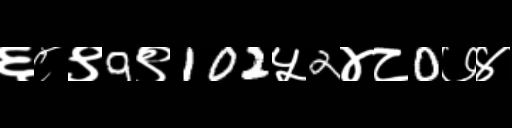
Text: ६८९9९102५2४८0७४